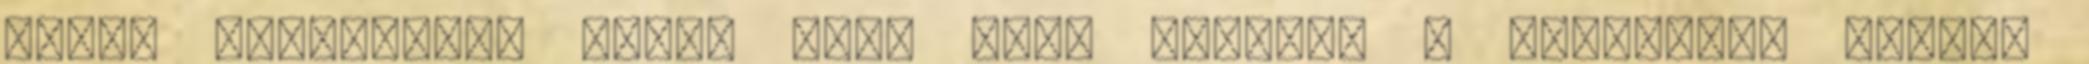
szóló előadásban éppen úgy, mint például a kálváriák széles